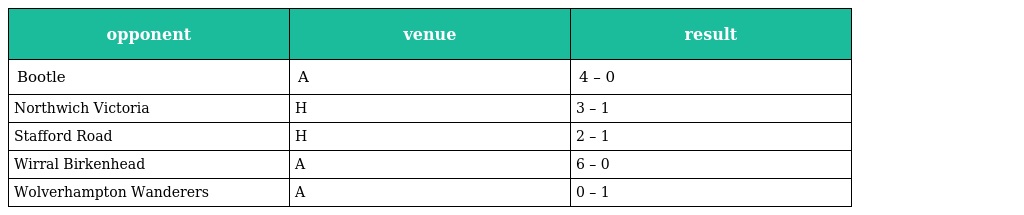
| opponent | venue | result |
 | --- | --- | --- |
 | Bootle | A | 4 – 0 |
 | Northwich Victoria | H | 3 – 1 |
 | Stafford Road | H | 2 – 1 |
 | Wirral Birkenhead | A | 6 – 0 |
 | Wolverhampton Wanderers | A | 0 – 1 |